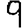
Digit: 9